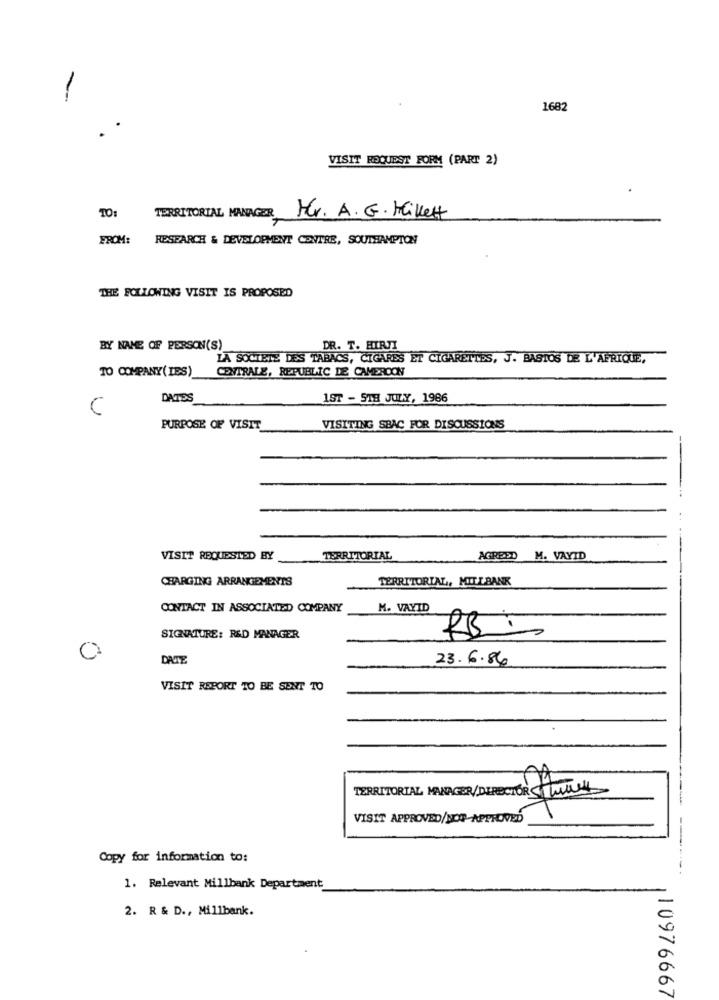
1682
VISIT REQUEST FORM (PART 2)
TO:
TERRITORIAL MANAGER
Mr. A.G. Mikett
FROM:
RESEARCH & DEVELOPMENT CENTRE, SOUTHAMPTON
THE FOLLOWING VISIT IS PROPOSED
BY NAME OF PERSON(S)
DR. T. HIRJI
LA SOCIETE DES TABACS, CIGARES ET CIGARETTES, J. BASTOS DE L'AFRIQUE,
TO COMPANY(IES)
CENTRALE, REPUBLIC DE CAMEROON
DATES
1ST - 518 JULY, 1986
C
PURPOSE OF VISIT
VISITING SBAC FOR DISCUSSIONS
---.
VISIT REQUESTED BY
TERRITORIAL
AGREED M. VAYID
CHARGING ARRANGEMENTS
TERRITORIAL, MILLBANK
CONTACT IN ASSOCIATED COMPANY
M. VAYID
SIGNATURE: R&D MANAGER
RB -
DATE
23.6.86
VISIT REPORT TO BE SENT TO
TERRITORIAL MANAGER/DIRECTOR Sur
VISIT APPROVED/NOT APPROVED
Copy for information to:
1. Relevant Millbank Department
2. R & D ., Millbank.
10976667